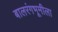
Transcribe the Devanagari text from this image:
बालरंगभूमीला